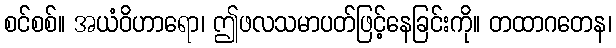
စင်စစ်။ အယံဝိဟာရော၊ ဤဖလသမာပတ်ဖြင့်နေခြင်းကို။ တထာဂတေန၊